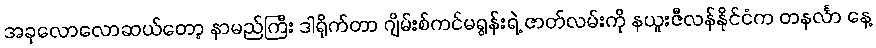
အခုလောလောဆယ်တော့ နာမည်ကြီး ဒါရိုက်တာ ဂျိမ်းစ်ကင်မရွန်းရဲ့ ဇာတ်လမ်းကို နယူးဇီလန်နိုင်ငံက တနင်္လာ နေ့